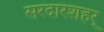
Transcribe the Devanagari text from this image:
सरदारशहर्